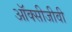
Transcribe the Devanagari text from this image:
ऑक्सीजीवी